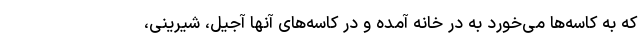
که به کاسه‌ها می‌خورد به در خانه آمده و در کاسه‌های آنها آجیل، شیرینی،